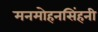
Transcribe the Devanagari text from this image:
मनमोहनसिंहनी